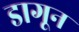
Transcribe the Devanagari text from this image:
डागून